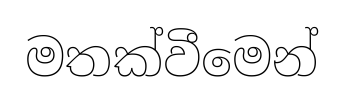
මතක්වීමෙන්